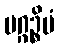
မဂ္ဂဉ္စိမံ